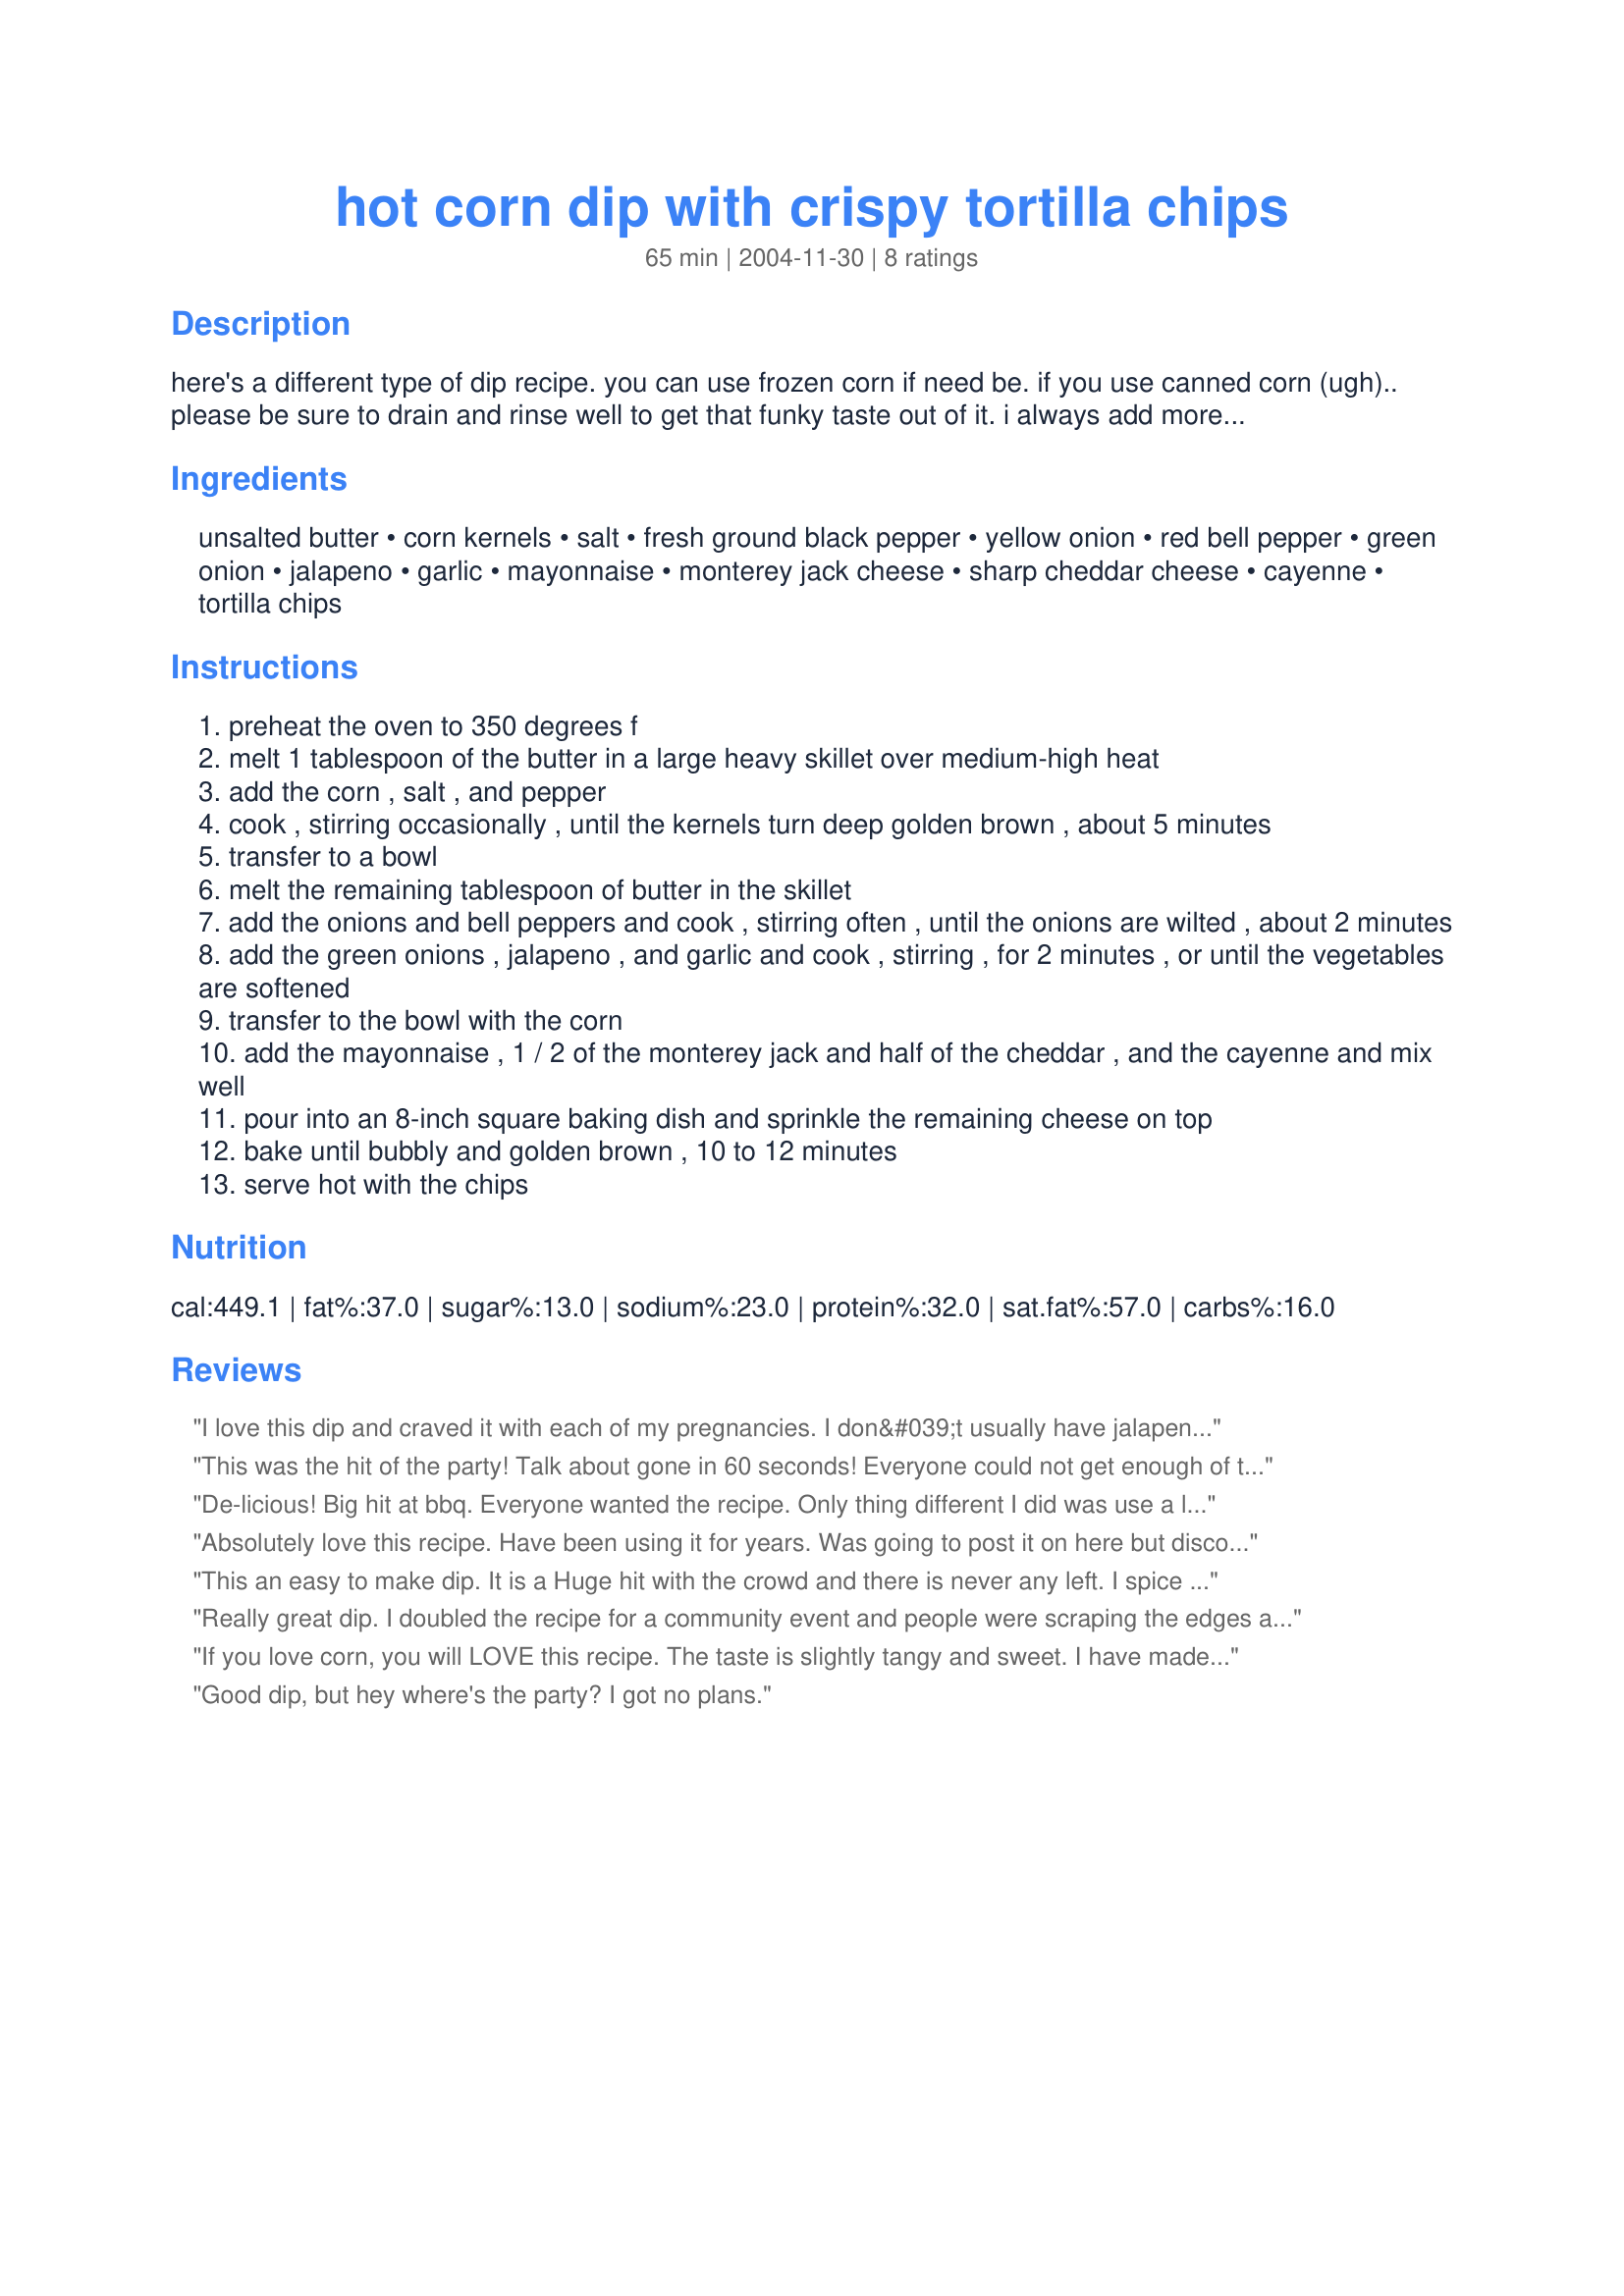
hot corn dip with crispy tortilla chips
Preparation time: 65 minutes

here's a different type of dip recipe. you can use frozen corn if need be. if you use canned corn (ugh).. please be sure to drain and rinse well to get that funky taste out of it. i always add more jalapeño peppers. recipe courtesy emeril lagasse, 2001

Ingredients:
unsalted butter, corn kernels, salt, fresh ground black pepper, yellow onion, red bell pepper, green onion, jalapeno, garlic, mayonnaise, monterey jack cheese, sharp cheddar cheese, cayenne, tortilla chips

Steps:
preheat the oven to 350 degrees f
melt 1 tablespoon of the butter in a large heavy skillet over medium-high heat
add the corn , salt , and pepper
cook , stirring occasionally , until the kernels turn deep golden brown , about 5 minutes
transfer to a bowl
melt the remaining tablespoon of butter in the skillet
add the onions and bell peppers and cook , stirring often , until the onions are wilted , about 2 minutes
add the green onions , jalapeno , and garlic and cook , stirring , for 2 minutes , or until the vegetables are softened
transfer to the bowl with the corn
add the mayonnaise , 1 / 2 of the monterey jack and half of the cheddar , and the cayenne and mix well
pour into an 8-inch square baking dish and sprinkle the remaining cheese on top
bake until bubbly and golden brown , 10 to 12 minutes
serve hot with the chips

Reviews:
I love this dip and craved it with each of my pregnancies. I don&#039;t usually have jalapenos on hand, so I use pepperjack cheese instead of the monterey jack, and it is amazing! Definitely a good recipe to have on hand for potlucks, football games, picnics, and just because.
This was the hit of the party! Talk about gone in 60 seconds! Everyone could not get enough of this dip. I did add extra jalapenos to give it more of a kick. Fresh corn off the cob is best but no one seemed to mind that I used frozen corn. Haven't tried canned but am going to give that a try next time! If you are looking for something different this is it!
De-licious! Big hit at bbq. Everyone wanted the recipe. Only thing different I did was use a little less may and added some garlic and chive cream cheese.<br/>I used freshly husked corn and fried it golden brown. YUM
Absolutely love this recipe. Have been using it for years. Was going to post it on here but discovered it had already been posted. I use canned corn all the time and have been delighted with the results. I also often use pre-shredded nacho cheese instead of the monterey and cheddar. Works out great.
This an easy to make dip. It is a Huge hit with the crowd and there is never any left. I spice mine up a little with extra jalapenos and garnish the top with some sliced, seeded jalapenos. Also good seved with Fritos Scoops.
Really great dip. I doubled the recipe for a community event and people were scraping the edges and bottom trying to get "just a little more". Fortunately I did a quality control check or else I wouldn't have gotten to even try it :-) Thanks for a great recipe!
If you love corn, you will LOVE this recipe. The taste is slightly tangy and sweet. I have made this many times and have had to omit ingredients including onion, pepper, green onion, and jalapeno. Nonetheless, the dip was excellent. I believe the core ingredients are the corn (I have always used canned), salt, pepper, mayo, garlic, and cheese.
Good dip, but hey where's the party? I got no plans.
